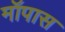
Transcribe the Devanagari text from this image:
मॉपास